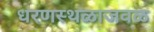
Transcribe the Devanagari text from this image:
धरणस्थळाजवळ